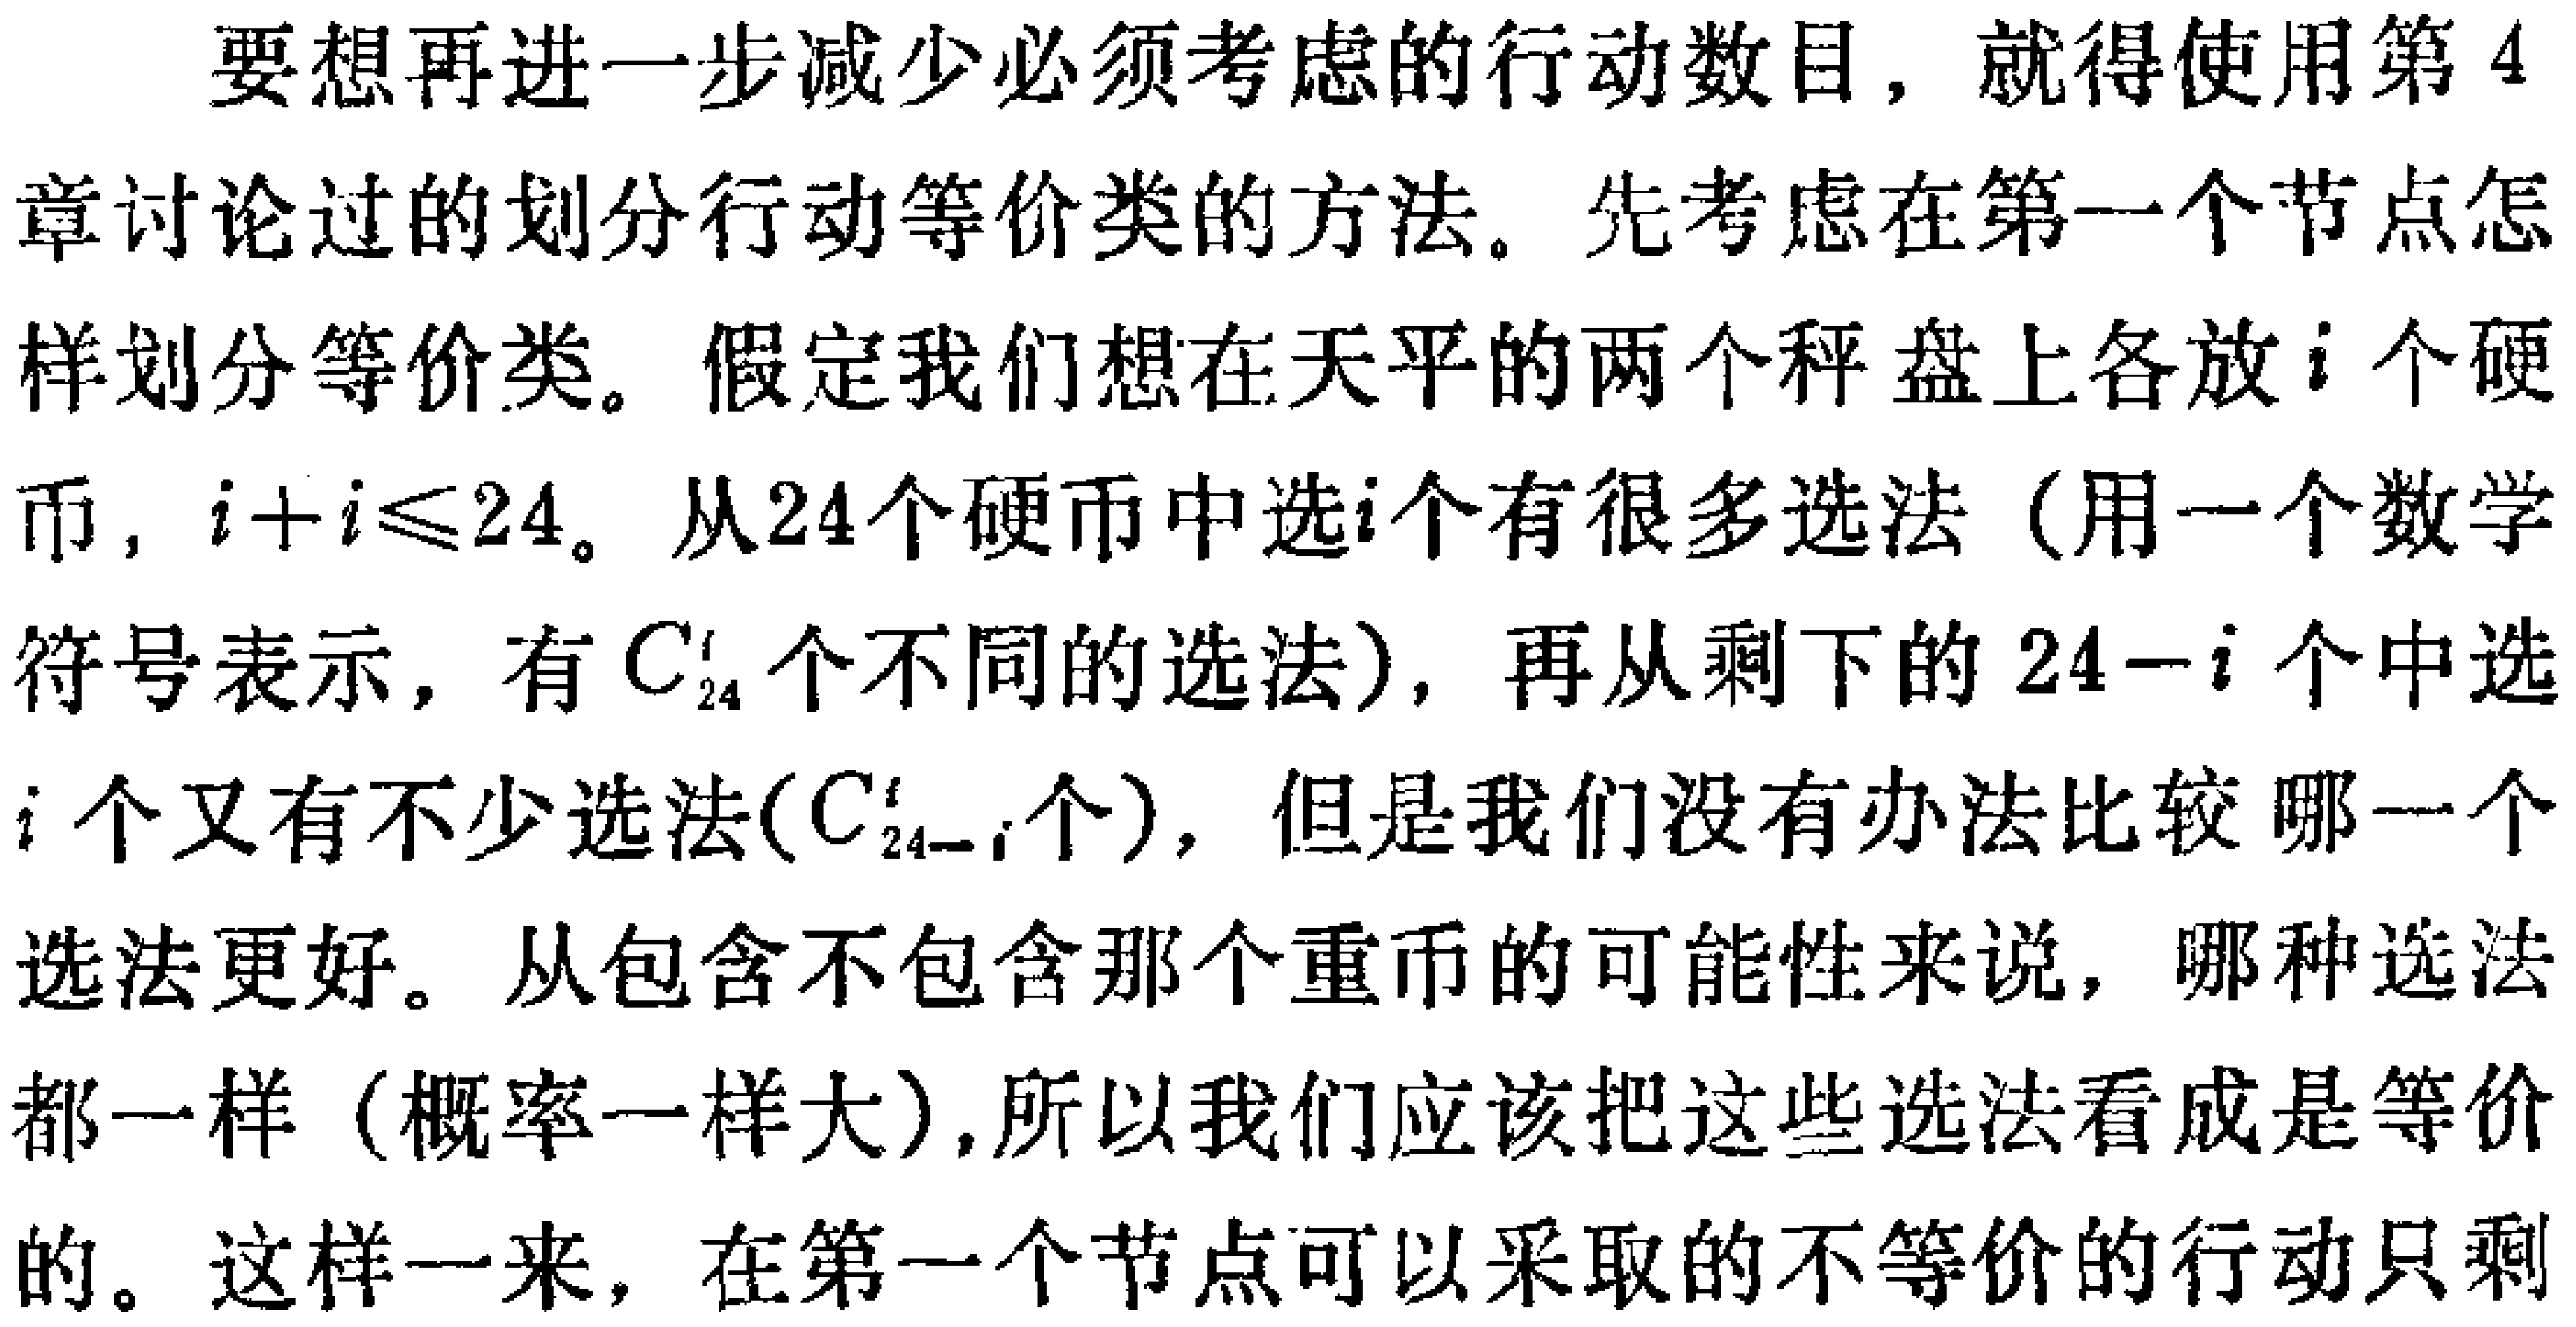
要想再进一步减少必须考虑的行动数目，就得使用第4章讨论过的划分行动等价类的方法。先考虑在第一个节点怎样划分等价类。假定我们想在天平的两个秤盘上各放\(i\)个硬币，\(i + i\leqslant24\)。从24个硬币中选\(i\)个有很多选法（用一个数学符号表示，有\(C_{24}^i\)个不同的选法），再从剩下的\(24 - i\)个中选\(i\)个又有不少选法(\(C_{24 - i}^i\)个)，但是我们没有办法比较 哪一个选法更好。从包含不包含那个重币的可能性来说，哪种选法都一样（概率一样大），所以我们应该把这些选法看成是等价的。这样一来，在第一个节点可以采取的不等价的行动只剩